Document type: Sale
Year: 1440
Scribe: Pere Pau Pujades
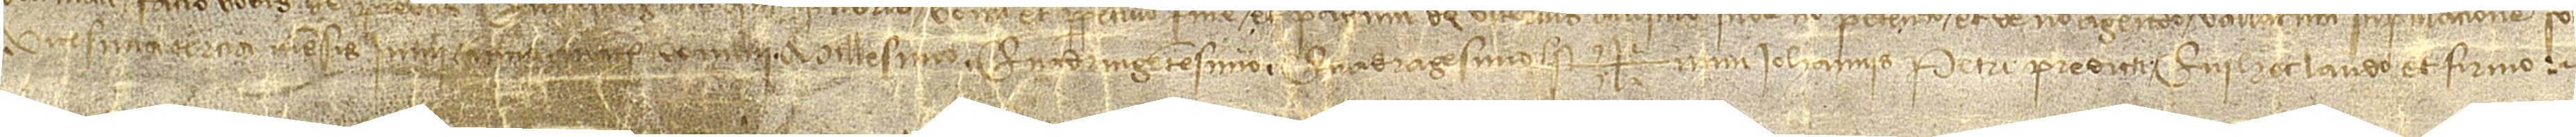
vicesima tercia mensis iunii, [anno a Nativitate Domini] millesimo quadringentesimo quadragesimo. Sig+num Iohannis Petri predicti, qui hec laudo et firmo.